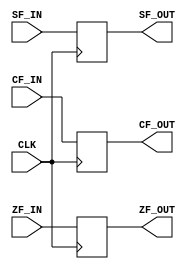
module flagRegister(
    input CLK,
    input CF_IN,
    input ZF_IN,
    input SF_IN,

    output CF_OUT,
    output ZF_OUT,
    output SF_OUT
);
    reg CF, ZF, SF;
    always @(posedge CLK) begin
        CF <= CF_IN;
        ZF <= ZF_IN;
        SF <= SF_IN;
    end
    assign CF_OUT = CF;
    assign ZF_OUT = ZF;
    assign SF_OUT = SF;
endmodule